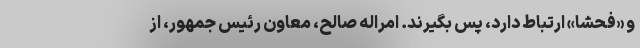
و «فحشا» ارتباط دارد، پس بگیرند. امراله صالح، معاون رئیس جمهور، از